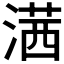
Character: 𣺋